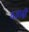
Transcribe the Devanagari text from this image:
यज्ञादी